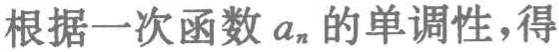
根据一次函数 \(a_{n}\) 的单调性，得